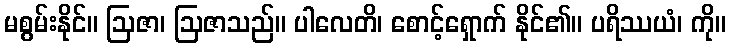
မစွမ်းနိုင်။ ဩဇာ၊ ဩဇာသည်။ ပါလေတိ၊ စောင့်ရှောက် နိုင်၏။ ပရိဿယံ၊ ကို။